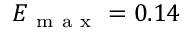
E _ { \mathrm { ~ m ~ a ~ x ~ } } = 0 . 1 4